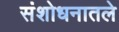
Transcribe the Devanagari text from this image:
संशोधनातले